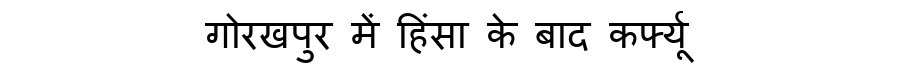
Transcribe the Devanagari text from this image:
गोरखपुर में हिंसा के बाद कर्फ्यू